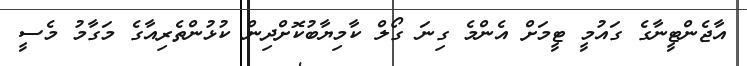
އާޖެންޓީނާގެ ގައުމީ ޓީމަށް އެންމެ ގިނަ ގޯލް ކާމިޔާބުކޮށްދިން ކުޅުންތެރިއާގެ މަގާމު މެސީ